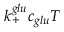
k _ { + } ^ { g l u } c _ { g l u } T